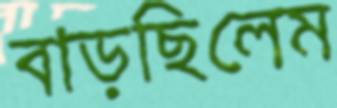
বাড়ছিলেম